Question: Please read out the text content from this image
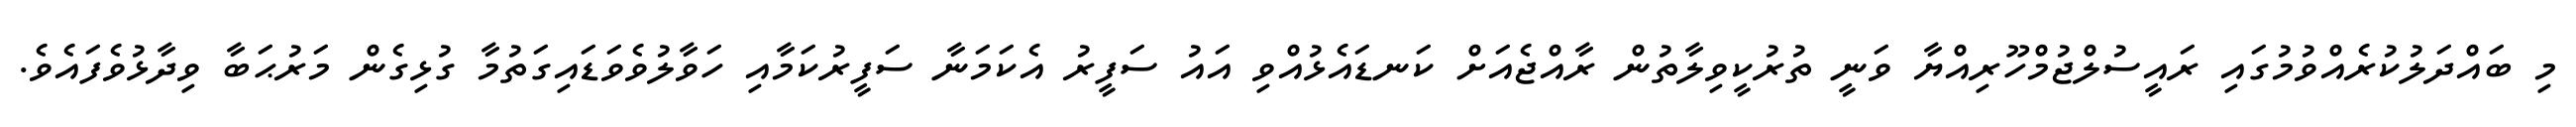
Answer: މި ބައްދަލުކުރެއްވުމުގައި ރައީސުލްޖުމްހޫރިއްޔާ ވަނީ ތުރުކީވިލާތުން ރާއްޖެއަށް ކަނޑައެޅުއްވި އައު ސަފީރު އެކަމަނާ ސަފީރުކަމާއި ހަވާލުވެވަޑައިގަތުމާ ގުޅިގެން މަރުޙަބާ ވިދާޅުވެފައެވެ.